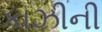
કાઝીની